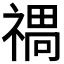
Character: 𱵤